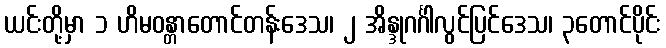
ယင်းတို့မှာ ၁ ဟိမဝန္တာတောင်တန်းဒေသ၊ ၂ အိန္ဒုဂင်္ဂါလွင်ပြင်ဒေသ၊ ၃တောင်ပိုင်း